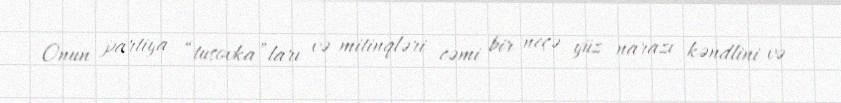
Onun partiya “tusovka”ları və mitinqləri cəmi bir neçə yüz narazı kəndlini və